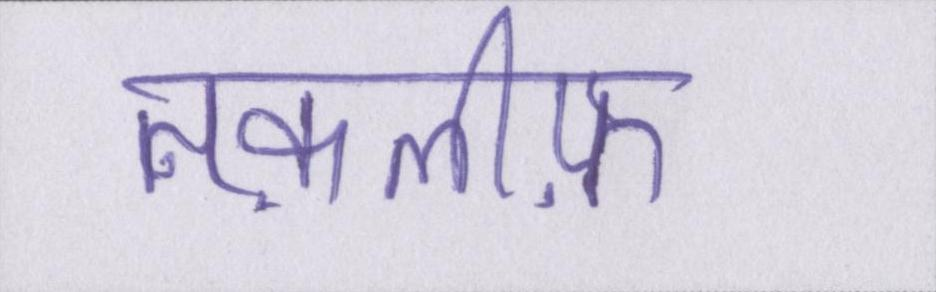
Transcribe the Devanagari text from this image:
तक़लीफ़